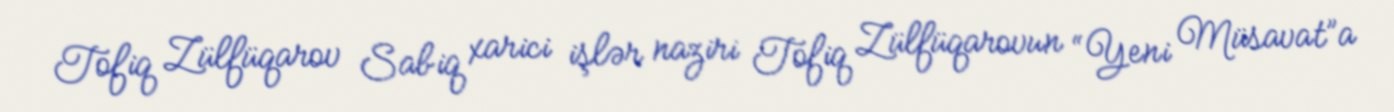
Tofiq Zülfüqarov Sabiq xarici işlər naziri Tofiq Zülfüqarovun “Yeni Müsavat”a